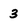
Character: 3